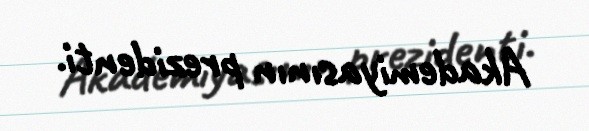
Akademiyasının prezidenti.